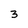
Character: 3